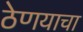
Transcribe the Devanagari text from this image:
ठेणयाचा